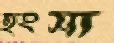
হংসা